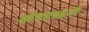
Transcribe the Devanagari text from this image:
शोभालक्ष्मी